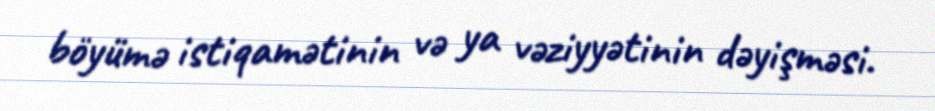
böyümə istiqamətinin və ya vəziyyətinin dəyişməsi.